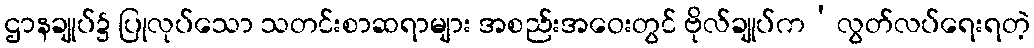
ဌာနချုပ်၌ ပြုလုပ်သော သတင်းစာဆရာများ အစည်းအဝေးတွင် ဗိုလ်ချုပ်က‘လွတ်လပ်ရေးရတဲ့